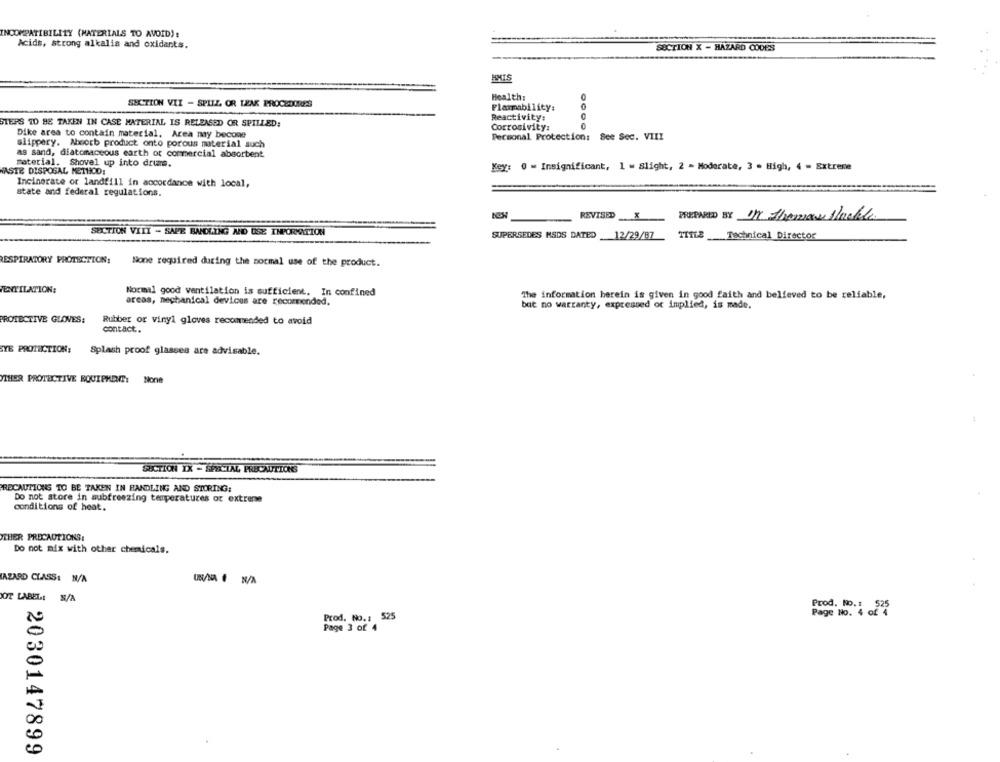
INCOMPATIBILITY (MATERIALS TO AVOID):
Acids, strong alkalis and oxidants.
SECTION X - HAZARD CODES
HMIS
Health:
SECTION VII - SPILL OR LEAK PROCEDURES
Flammability:
STEPS TO BE TAKEN IN CASE MATERIAL IS RELEASED OR SPILLED:
Reactivity:
Corrosivity:
Dike area to contain material, Area nay become
Personal Protection: See Sec. VIII
slippery. Micorb product onto porous material such
as sand, diatomaceous earth or commercial absorbent
material. Shovel up into drums.
Key: 0 = Insignificant, 1 = Slight, 2 - Moderate, 3 - High, 4 - Extrene
WASTE DISPOSAL METHOD:
Incinerate or landfill in accordance with local,
state and federal regulations.
REVISED
PREPARED BY MM theraw Ilnelle
SUCTION VIII - SAFE BANDLING AND USE INPORMATION
SUPERSEDES MSDS DATED _12/29/87
Technical Director
RESPIRATORY PROTECTION:
None required during the normal use of the product.
VENTILATION:
Normal good ventilation is sufficient. In confined
The information herein is given in good faith and believed to be reliable,
areas, mechanical devices are recommended.
bat no warranty, expressed or implied, is made.
PROTECTIVE GLOVES:
Rubber or vinyl gloves recommended to avoid
contact.
YE PROTECTION: Splash proof glasses are advisable.
THER PROTECTIVE EQUIPMENT: None
SUCTION IX - SPECIAL PRECAUTIONS
PRECAUTIONS TO BE TAKEN IN HANDLING AND STORING:
Do not store in subfreezing temperatures of extreme
conditions of heat.
THER PRECAUTIONS:
Do not mix with other chemicals.
AZARD CLASS: N/A
OT LABEL: N/A
Prod. No. : $25
Prod. No .: 525
Page No. 4
Page 3 of 4
2030147899